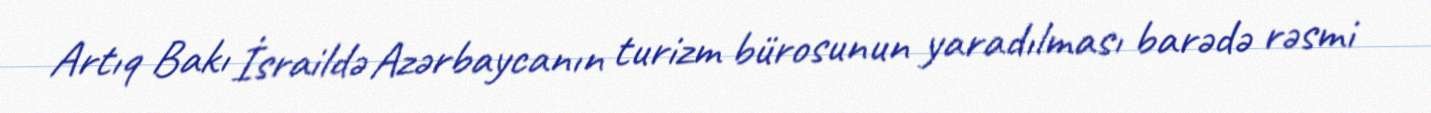
Artıq Bakı İsraildə Azərbaycanın turizm bürosunun yaradılması barədə rəsmi